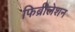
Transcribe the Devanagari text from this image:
फिब्रीलेशन